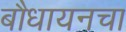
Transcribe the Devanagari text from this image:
बौधायनचा